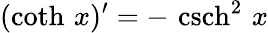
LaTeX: (\coth\, x)^{\prime}=-\, \operatorname{csch}^{2}\, x